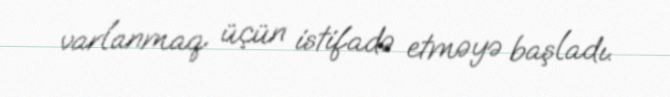
varlanmaq üçün istifadə etməyə başladı.